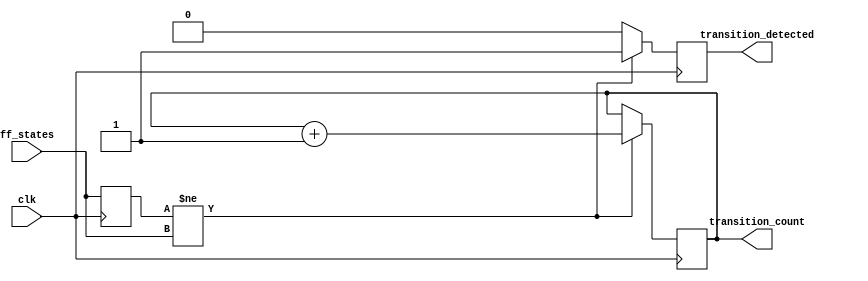
module FlipFlopDetector #(
    parameter NUM_FLIP_FLOPS = 4 // Number of flip-flops to monitor
)(
    input wire clk,                  // Clock signal
    input wire [NUM_FLIP_FLOPS-1:0] ff_states, // Flip-flop output signals
    output reg transition_detected,  // Signal indicating a state change
    output reg [31:0] transition_count // Count of transitions detected
);

    // Memory blocks to hold current and previous states
    reg [NUM_FLIP_FLOPS-1:0] current_state;
    reg [NUM_FLIP_FLOPS-1:0] previous_state;

    // Always block for state transition detection
    always @(posedge clk) begin
        // Check for state changes
        if (current_state != ff_states) begin
            transition_detected <= 1'b1; // State change detected
            transition_count <= transition_count + 1; // Increment transition count
        end else begin
            transition_detected <= 1'b0; // No state change
        end
        
        // Update states
        previous_state <= current_state;
        current_state <= ff_states;
    end

endmodule